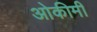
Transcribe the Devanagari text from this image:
ओकीमी